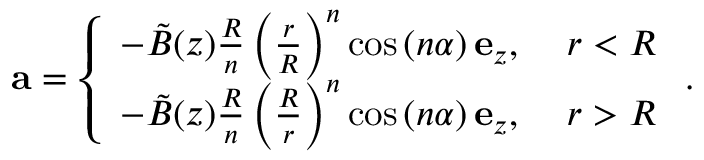
\mathbf { a } = \left\{ \begin{array} { l l } { - \tilde { B } ( z ) \frac { R } { n } \left( \frac { r } { R } \right) ^ { n } \cos \left( n \alpha \right) \mathbf { e } _ { z } , } & { \ r < R } \\ { - \tilde { B } ( z ) \frac { R } { n } \left( \frac { R } { r } \right) ^ { n } \cos \left( n \alpha \right) \mathbf { e } _ { z } , } & { \ r > R } \end{array} \right. .